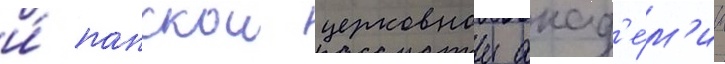
и́ папскои церковнои акад'е́м'ии